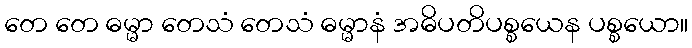
တေ တေ ဓမ္မာ တေသံ တေသံ ဓမ္မာနံ အဓိပတိပစ္စယေန ပစ္စယော။